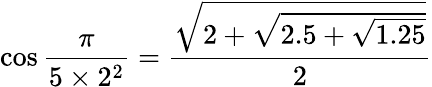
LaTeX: \cos{\frac{\pi}{5\times 2^{2}}}={\frac{\sqrt{2+{\sqrt{2.5+{\sqrt{1.25}}}}}}{2}}